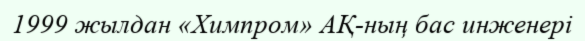
1999 жылдан «Химпром» АҚ-ның бас инженері